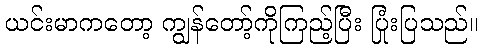
ယင်းမာကတော့ ကျွန်တော့်ကိုကြည့်ပြီး ပြုံးပြသည်။